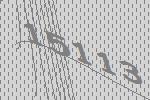
15113